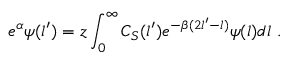
e ^ { \alpha } \psi ( l ^ { \prime } ) = z \int _ { 0 } ^ { \infty } C _ { S } ( l ^ { \prime } ) e ^ { - \beta ( 2 l ^ { \prime } - l ) } \psi ( l ) d l \ .